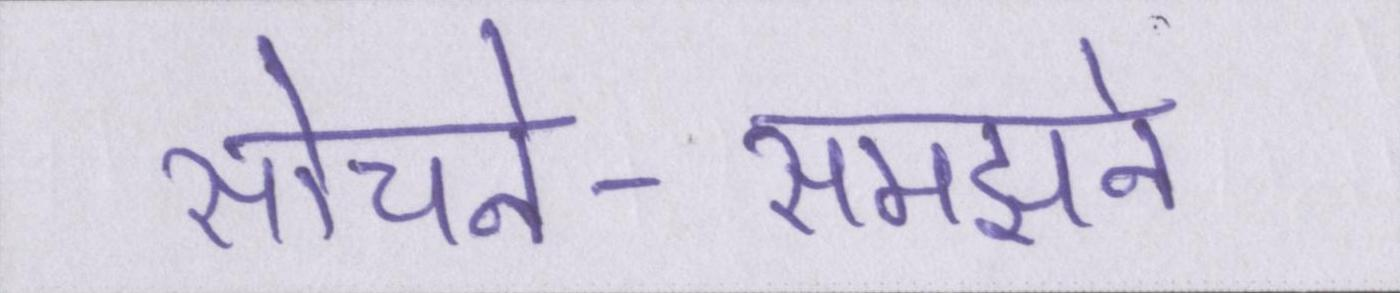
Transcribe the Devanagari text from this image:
सोचने-समझने